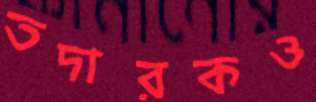
তদারকও